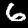
Label: 6